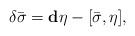
LaTeX: \begin{align*}\delta\bar\sigma=\mathbf{d}\eta-[\bar\sigma,\eta],\end{align*}